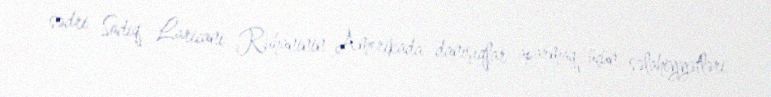
sədri Sadiq Laricani Ruhaninin Amerikada danışıqlar aparmaq üçün səlahiyyətləri